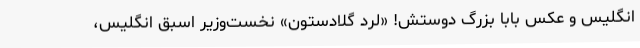
انگلیس و عکس بابا بزرگ دوستش! «لرد گلادستون» نخست‌وزیر اسبق انگلیس،